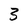
Character: 3